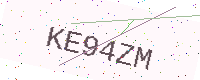
Text: KE94ZM